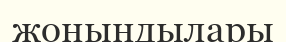
жонындылары